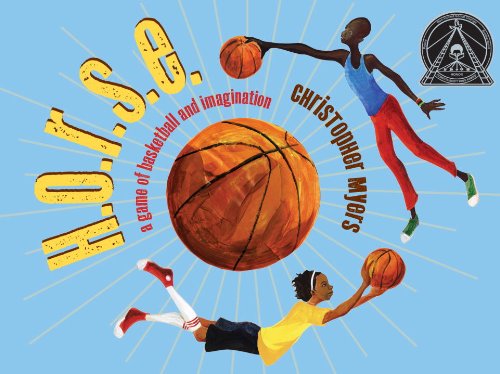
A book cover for H.O.R.S.E.: A Game of Basketball and Imagination; Christopher Myers; Teen & Young Adult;